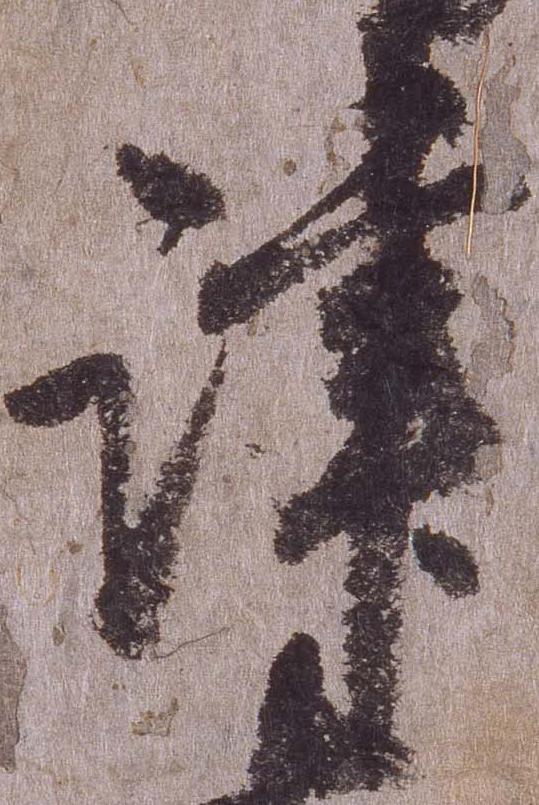
津